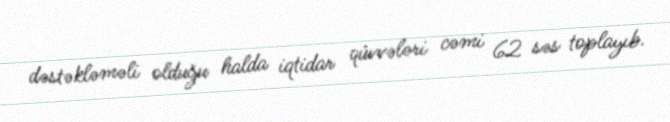
dəstəkləməli olduğu halda iqtidar qüvvələri cəmi 62 səs toplayıb.